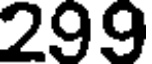
299